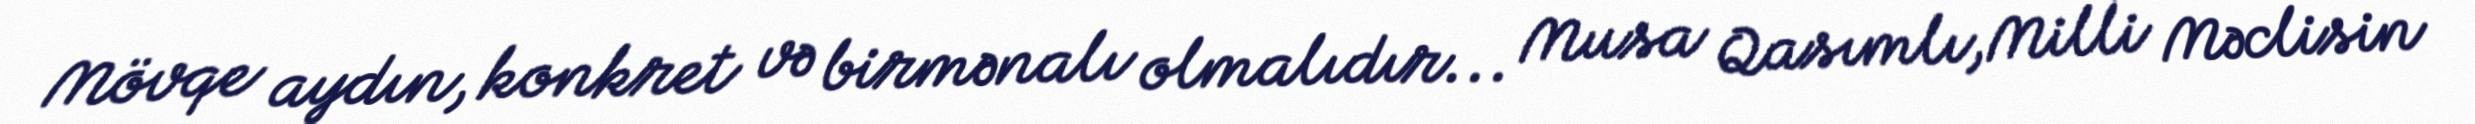
Mövqe aydın, konkret və birmənalı olmalıdır... Musa Qasımlı,Milli Məclisin